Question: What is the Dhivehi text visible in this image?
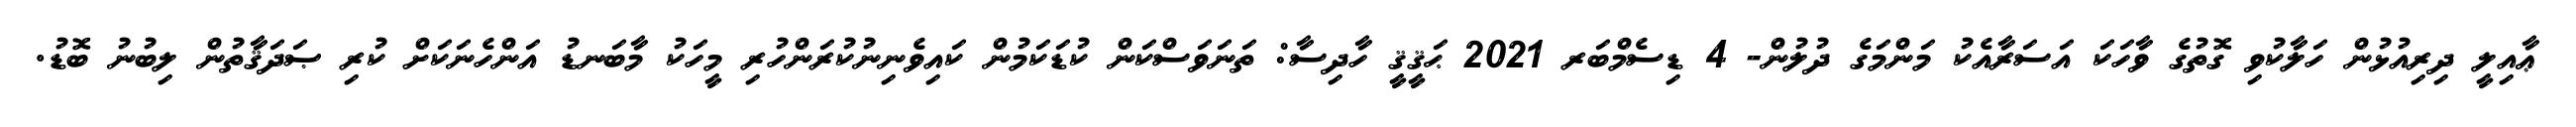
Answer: ޢާއިލީ ދިރިއުޅުން ހަލާކުވި ގޮތުގެ ވާހަކަ އަސަރާއެކު މަންމަގެ ދުލުން- 4 ޑިސެމްބަރ 2021 ޙަޤީޤީ ހާދިސާ: ތަނަވަސްކަން ކުޑަކަމުން ކައިވެނިނުކުރަންހުރި މީހަކު މާބަނޑު އަންހެނަކަށް ކުރި ޞަދަޤާތުން ލިބުނު ބޮޑު.